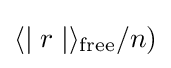
\langle \mid r\mid \rangle _{\text{free}}/n)